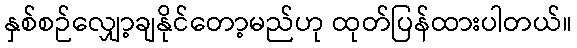
နှစ်စဉ်လျှော့ချနိုင်တော့မည်ဟု ထုတ်ပြန်ထားပါတယ်။